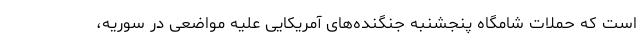
است که حملات شامگاه پنجشنبه جنگنده‌های آمریکایی علیه مواضعی در سوریه،